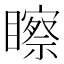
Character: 𥌀